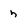
Character: n